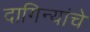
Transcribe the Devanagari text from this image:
दागिन्यांचे